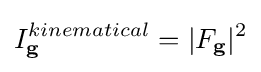
{\begin{aligned}I_{\mathbf {g} }^{kinematical}=|F_{\mathbf {g} }|^{2}\end{aligned}}